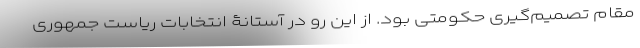
مقام تصمیم‌گیری حکومتی بود. از این رو در آستانۀ انتخابات ریاست جمهوری